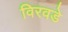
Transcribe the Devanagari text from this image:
विरवडे